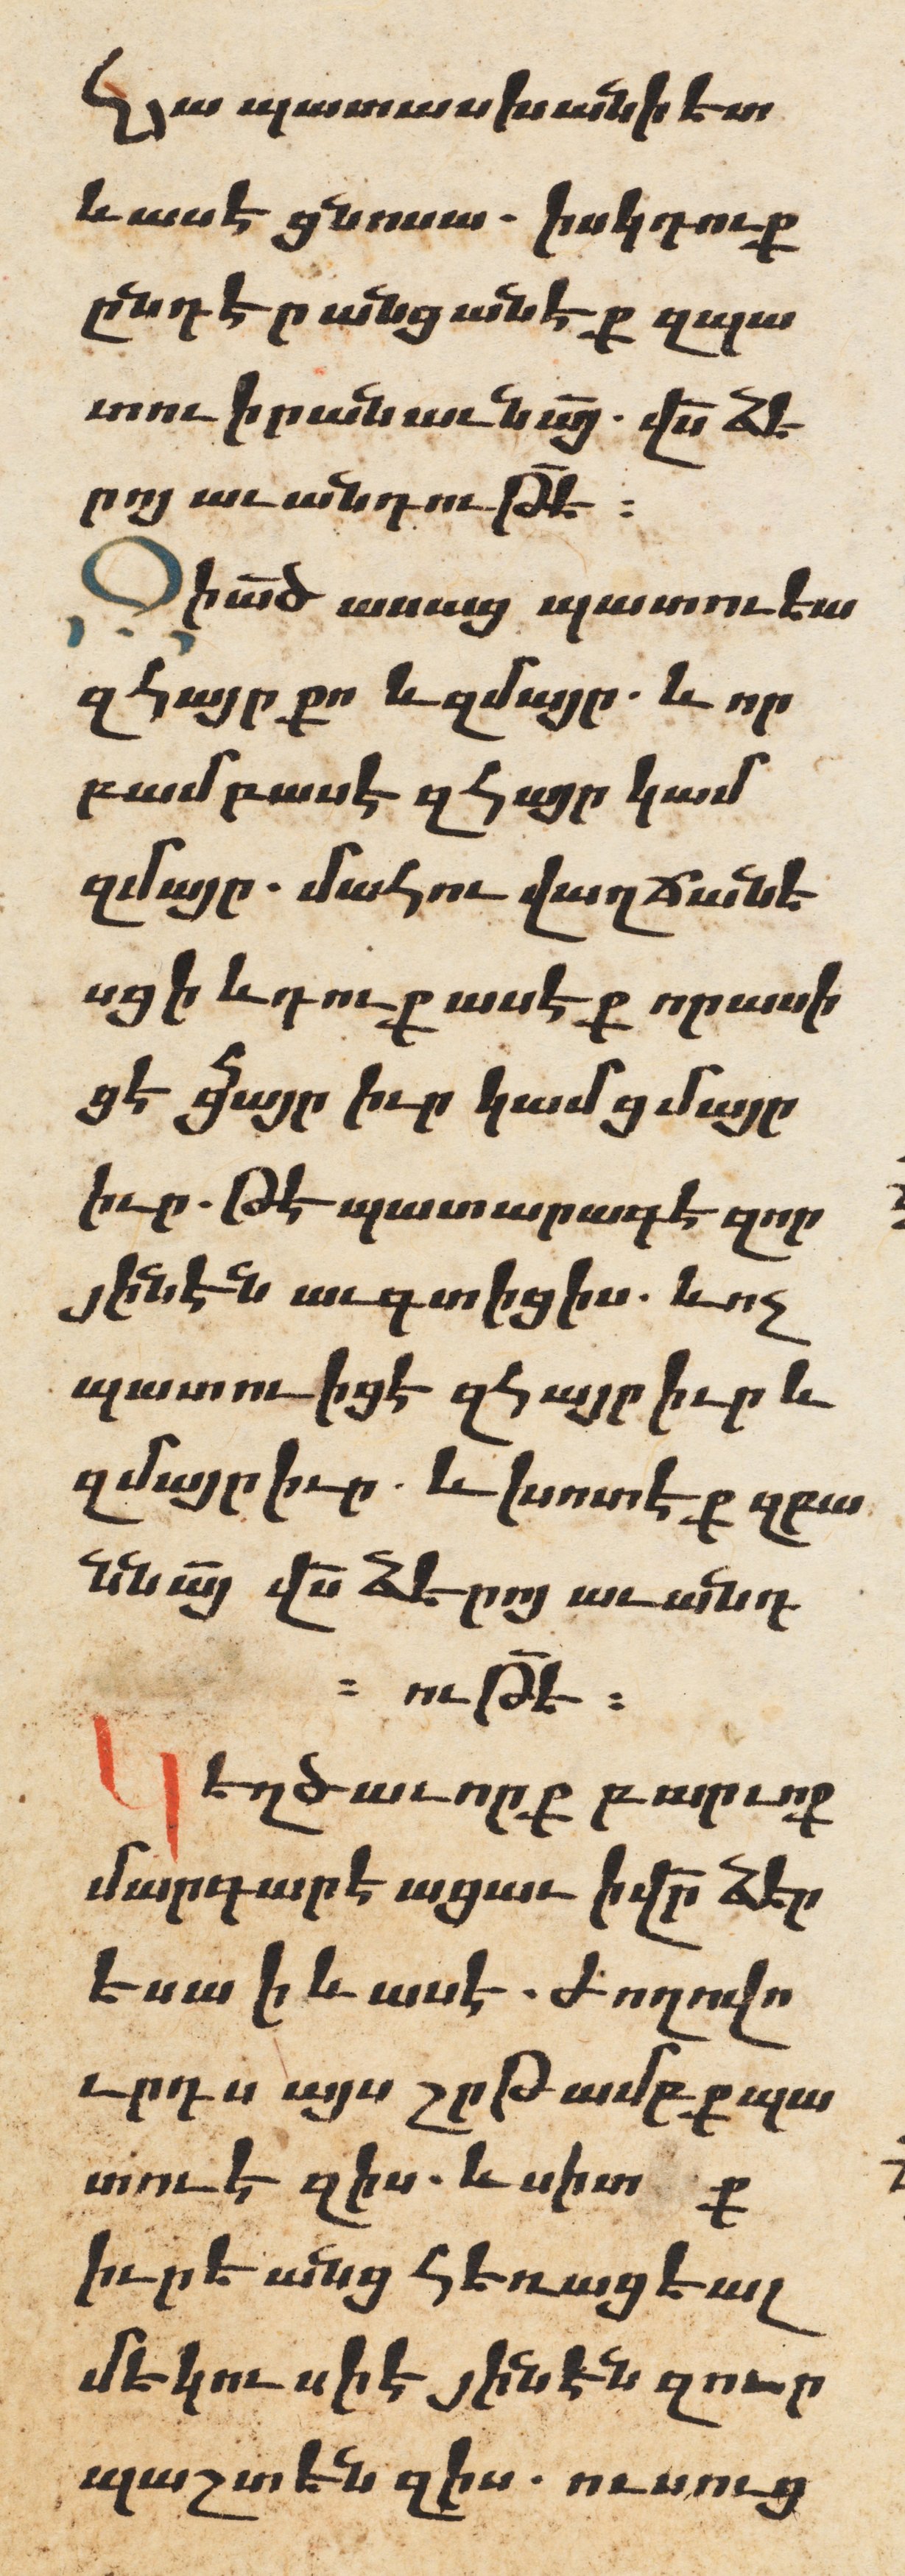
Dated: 1606–1606